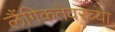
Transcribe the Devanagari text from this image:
लैंगिकतेवरच्या